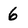
Character: 6